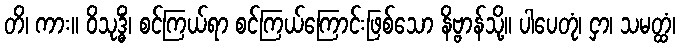
တိ၊ ကား။ ဝိသုဒ္ဓိံ၊ စင်ကြယ်ရာ စင်ကြယ်ကြောင်းဖြစ်သော နိဗ္ဗာန်သို့။ ပါပေတုံ၊ ငှာ၊ သမတ္ထံ၊